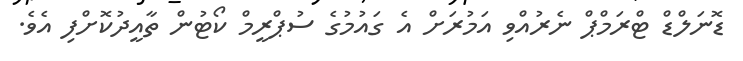
ޑޮނަލްޑް ޓްރަމްޕް ނެރުއްވި އަމުރަށް އެ ގައުމުގެ ސުޕްރީމް ކޯޓުން ތާއީދުކޮށްފި އެވެ.